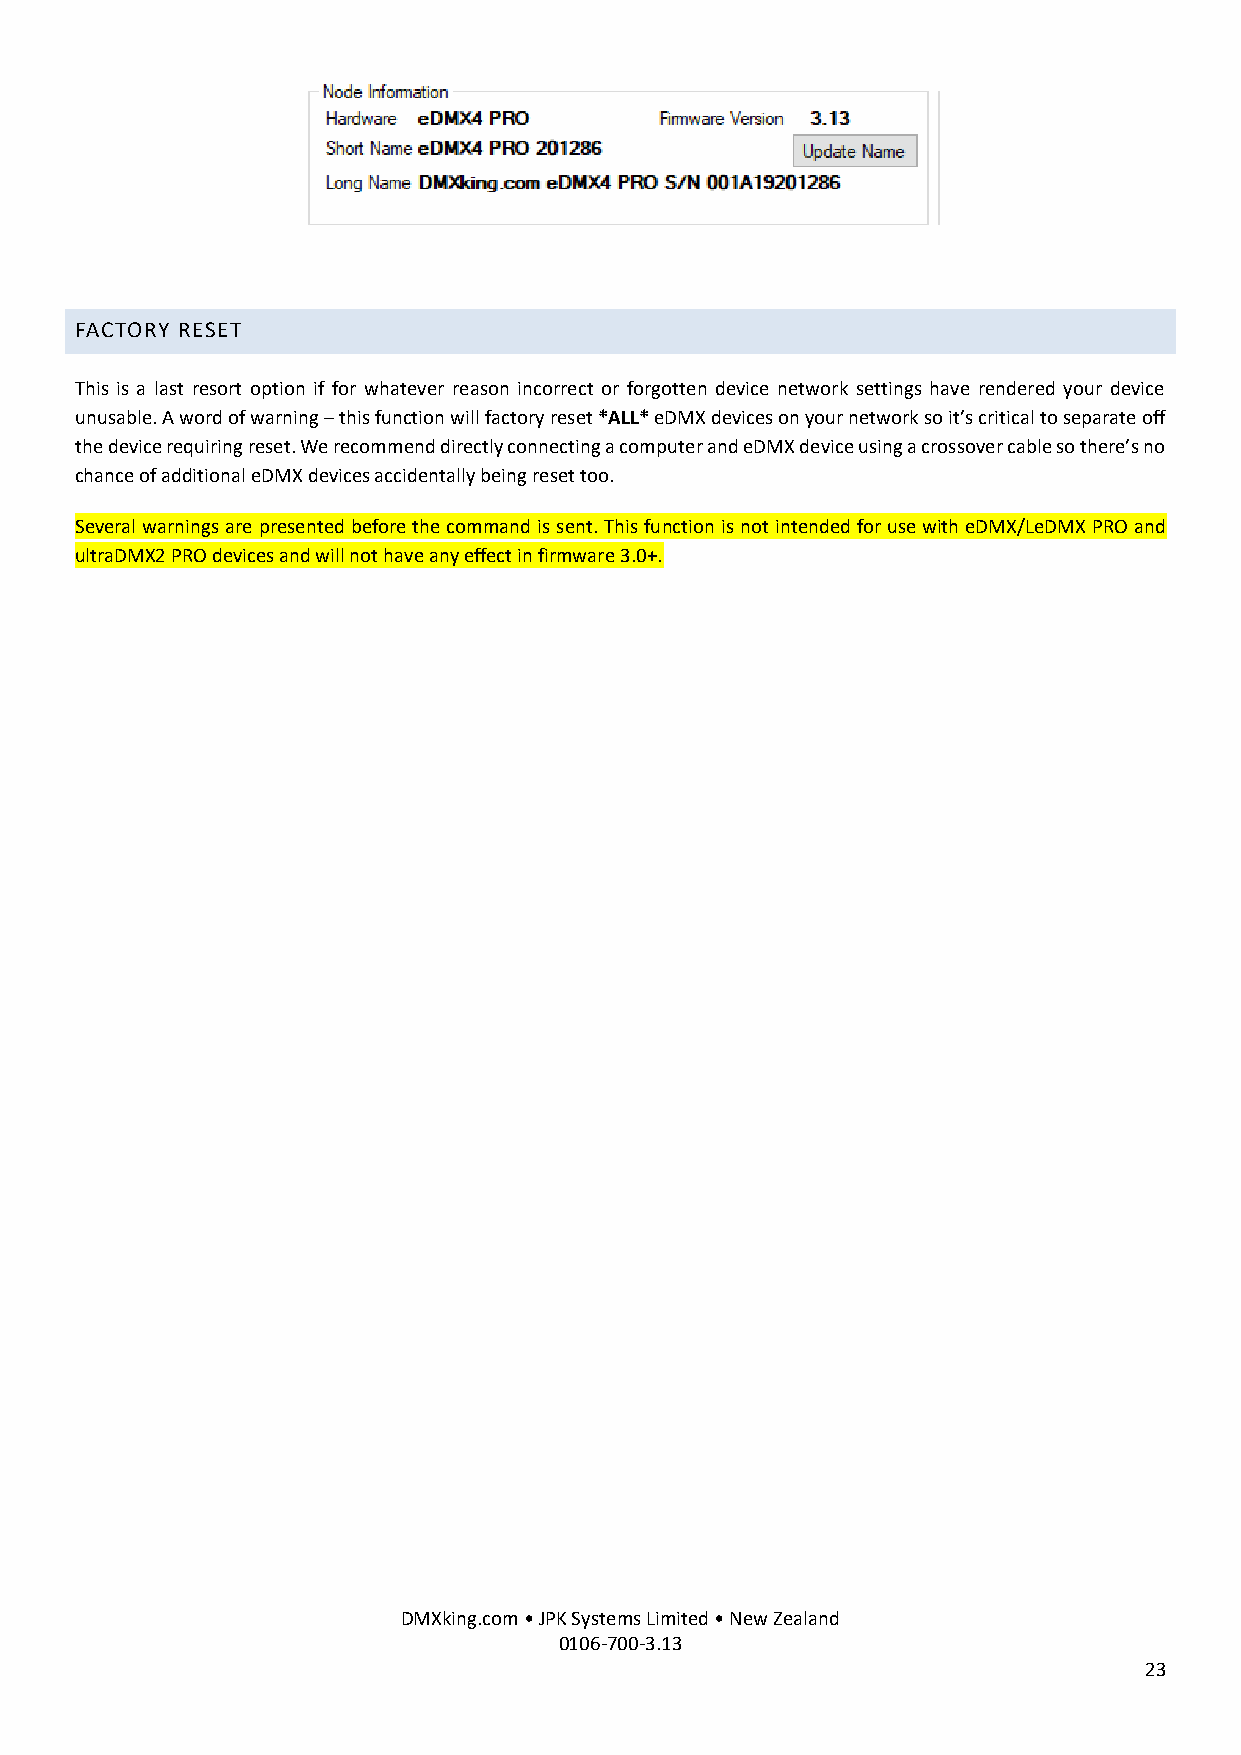
FACTORY RESET
 This is a last resort option if for whatever reason incorrect or forgotten device network settings have rendered your device
 unusable. A word of warning – this function will factory reset *ALL* eDMX devices on your network so it’s critical to separate off
 the device requiring reset. We recommend directly connecting a computer and eDMX device using a crossover cable so there’s no
 chance of additional eDMX devices accidentally being reset too.
 Several warnings are presented before the command is sent. This function is not intended for use with eDMX/LeDMX PRO and
 ultraDMX2 PRO devices and will not have any effect in firmware 3.0+.
 DMXking.com • JPK Systems Limited • New Zealand
 0106-700-3.13
 23